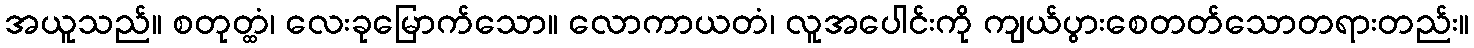
အယူသည်။ စတုတ္ထံ၊ လေးခုမြောက်သော။ လောကာယတံ၊ လူအပေါင်းကို ကျယ်ပွားစေတတ်သောတရားတည်း။